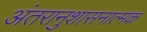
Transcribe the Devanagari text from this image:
अंतरानुशासनात्मक